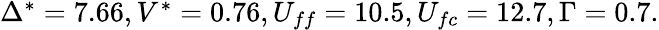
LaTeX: \begin{array}{r}{\Delta^{*}=7.66,V^{*}=0.76,U_{ff}=10.5,U_{fc}=12.7,\Gamma=0.7.}\end{array}